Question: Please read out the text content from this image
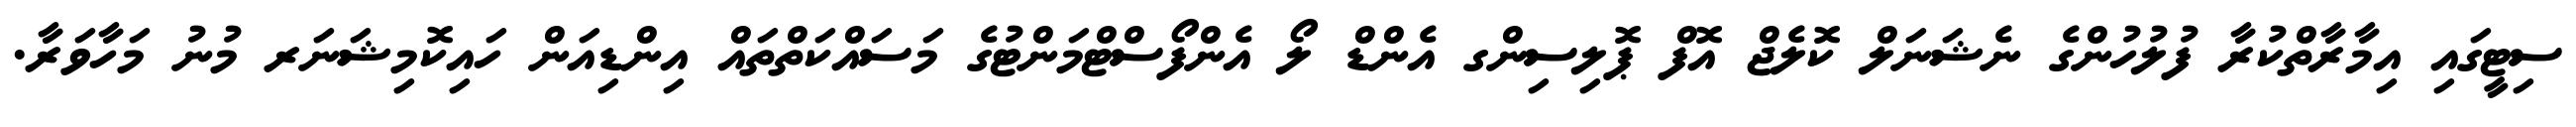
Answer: ސިޓީގައި އިމާރާތްކުރާ ފުލުހުންގެ ނެޝަނަލް ކޮލެޖް އޮފް ޕޮލިސިންގ އެންޑް ލޯ އެންފޯސްޓްމަންޓުގެ މަސައްކަތްތައް އިންޑިއަން ހައިކޮމިޝަނަރ މުނު މަހާވަރާ.